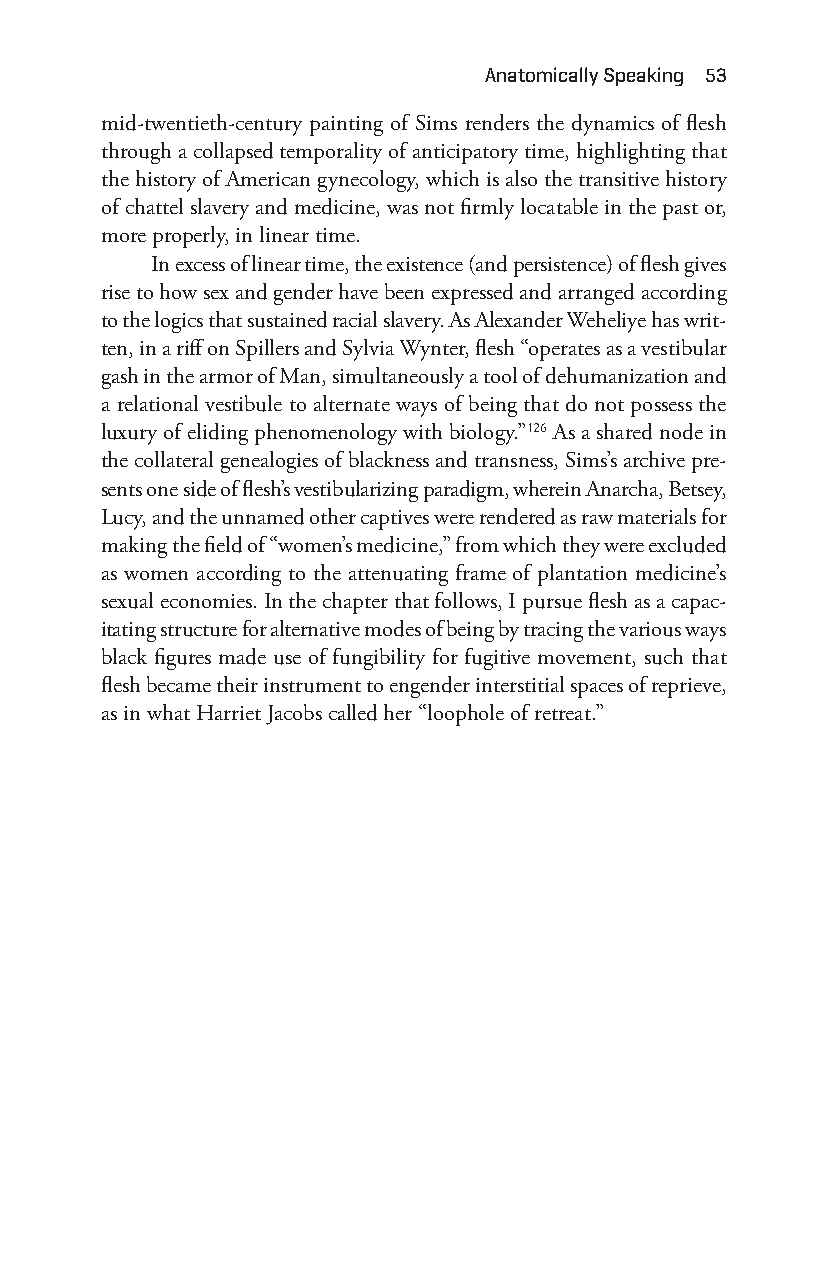
anatomically Speaking 53
 mid- twentieth- century painting of Sims renders the dynamics of flesh
 through a collapsed temporality of anticipatory time, highlighting that
 the history of American gynecology, which is also the transitive history
 of chattel slavery and medicine, was not firmly locatable in the past or,
 more properly, in linear time.
 In excess of linear time, the existence (and persistence) of flesh gives
 rise to how sex and gender have been expressed and arranged according
 to the logics that sustained racial slavery. As Alexander Weheliye has writ-
 ten, in a riff on Spillers and Sylvia Wynter, flesh “operates as a vestibular
 gash in the armor of Man, simultaneously a tool of dehumanization and
 a relational vestibule to alternate ways of being that do not possess the
 luxury of eliding phenomenology with biology.”126 As a shared node in
 the collateral genealogies of blackness and transness, Sims’s archive pre-
 sents one side of flesh’s vestibularizing paradigm, wherein Anarcha, Betsey,
 Lucy, and the unnamed other captives were rendered as raw materials for
 making the field of “women’s medicine,” from which they were excluded
 as women according to the attenuating frame of plantation medicine’s
 sexual economies. In the chapter that follows, I pursue flesh as a capac-
 itating structure for alternative modes of being by tracing the various ways
 black figures made use of fungibility for fugitive movement, such that
 flesh became their instrument to engender interstitial spaces of reprieve,
 as in what Harriet Jacobs called her “loophole of retreat.”
 Snorton.indd 53                             29/09/2017 8:41:00 AM